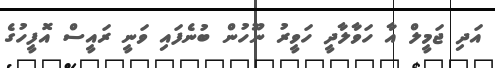
އަދި ޖަމީލް އާ ހަވާލާދީ ހަވީރު ނޫހުން ބުނެފައި ވަނީ ރައީސް އޮފީހުގެ